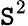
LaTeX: \mathtt{S}^{2}